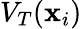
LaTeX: V_{T}(\mathbf x_{i})